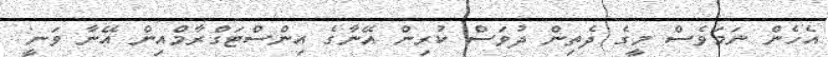
އެހެން ނަމަވެސް މީގެ ދެތިން ދުވަސް ކުރިން އޭނާގެ އިންސްޓަގްރާމްއިން އޭނާ ވަނީ